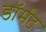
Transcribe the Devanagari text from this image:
डॉर्मंट